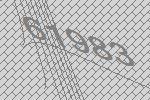
61983